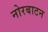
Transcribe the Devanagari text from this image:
नोरबाटन